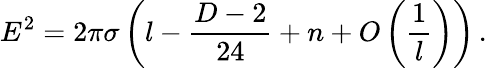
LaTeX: E^{2}=2\pi\sigma\left(l-\frac{D-2}{24}+n+O\left(\frac{1}{l}\right)\right)\, .